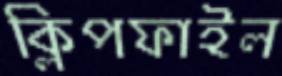
ক্লিপফাইল